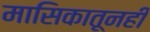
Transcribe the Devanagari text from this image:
मासिकातूनही